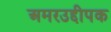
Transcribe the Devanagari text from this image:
अमरउद्दीपक